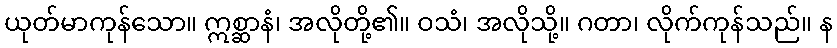
ယုတ်မာကုန်သော။ ဣစ္ဆာနံ၊ အလိုတို့၏။ ဝသံ၊ အလိုသို့။ ဂတာ၊ လိုက်ကုန်သည်။ န